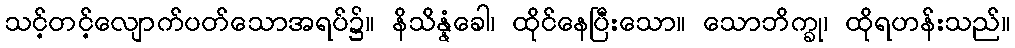
သင့်တင့်လျောက်ပတ်သောအရပ်၌။ နိသိန္နံခေါ၊ ထိုင်နေပြီးသော။ သောဘိက္ခု၊ ထိုရဟန်းသည်။